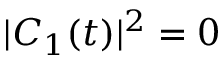
| C _ { 1 } ( t ) | ^ { 2 } = 0